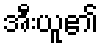
အီးယူ၏